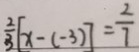
\frac { 2 } { 3 } [ x - ( - 3 ) ] = \frac { 2 } { 7 }